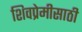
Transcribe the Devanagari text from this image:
शिवप्रेमीसाठी